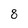
Character: 8